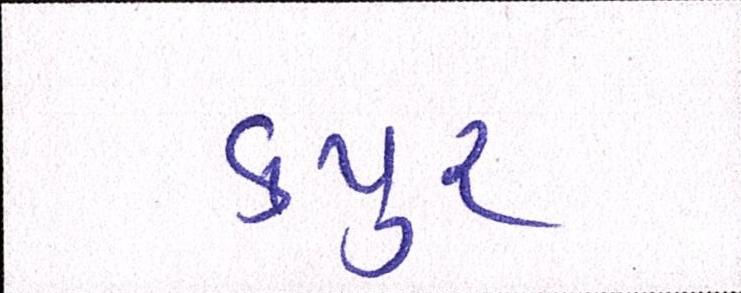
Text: કપુર